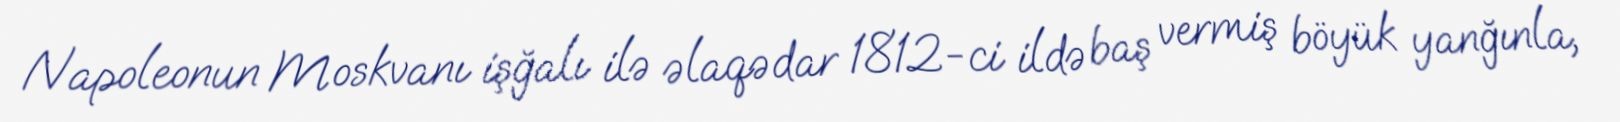
Napoleonun Moskvanı işğalı ilə əlaqədar 1812-ci ildə baş vermiş böyük yanğınla,